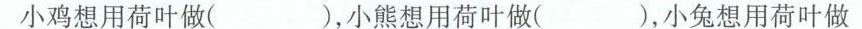
小鸡想用荷叶做( )，小熊想用荷叶做( )，小兔想用荷叶做